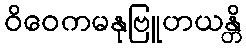
ဝိဝေကမနုဗြူဟယန္တိ